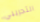
التجريبي